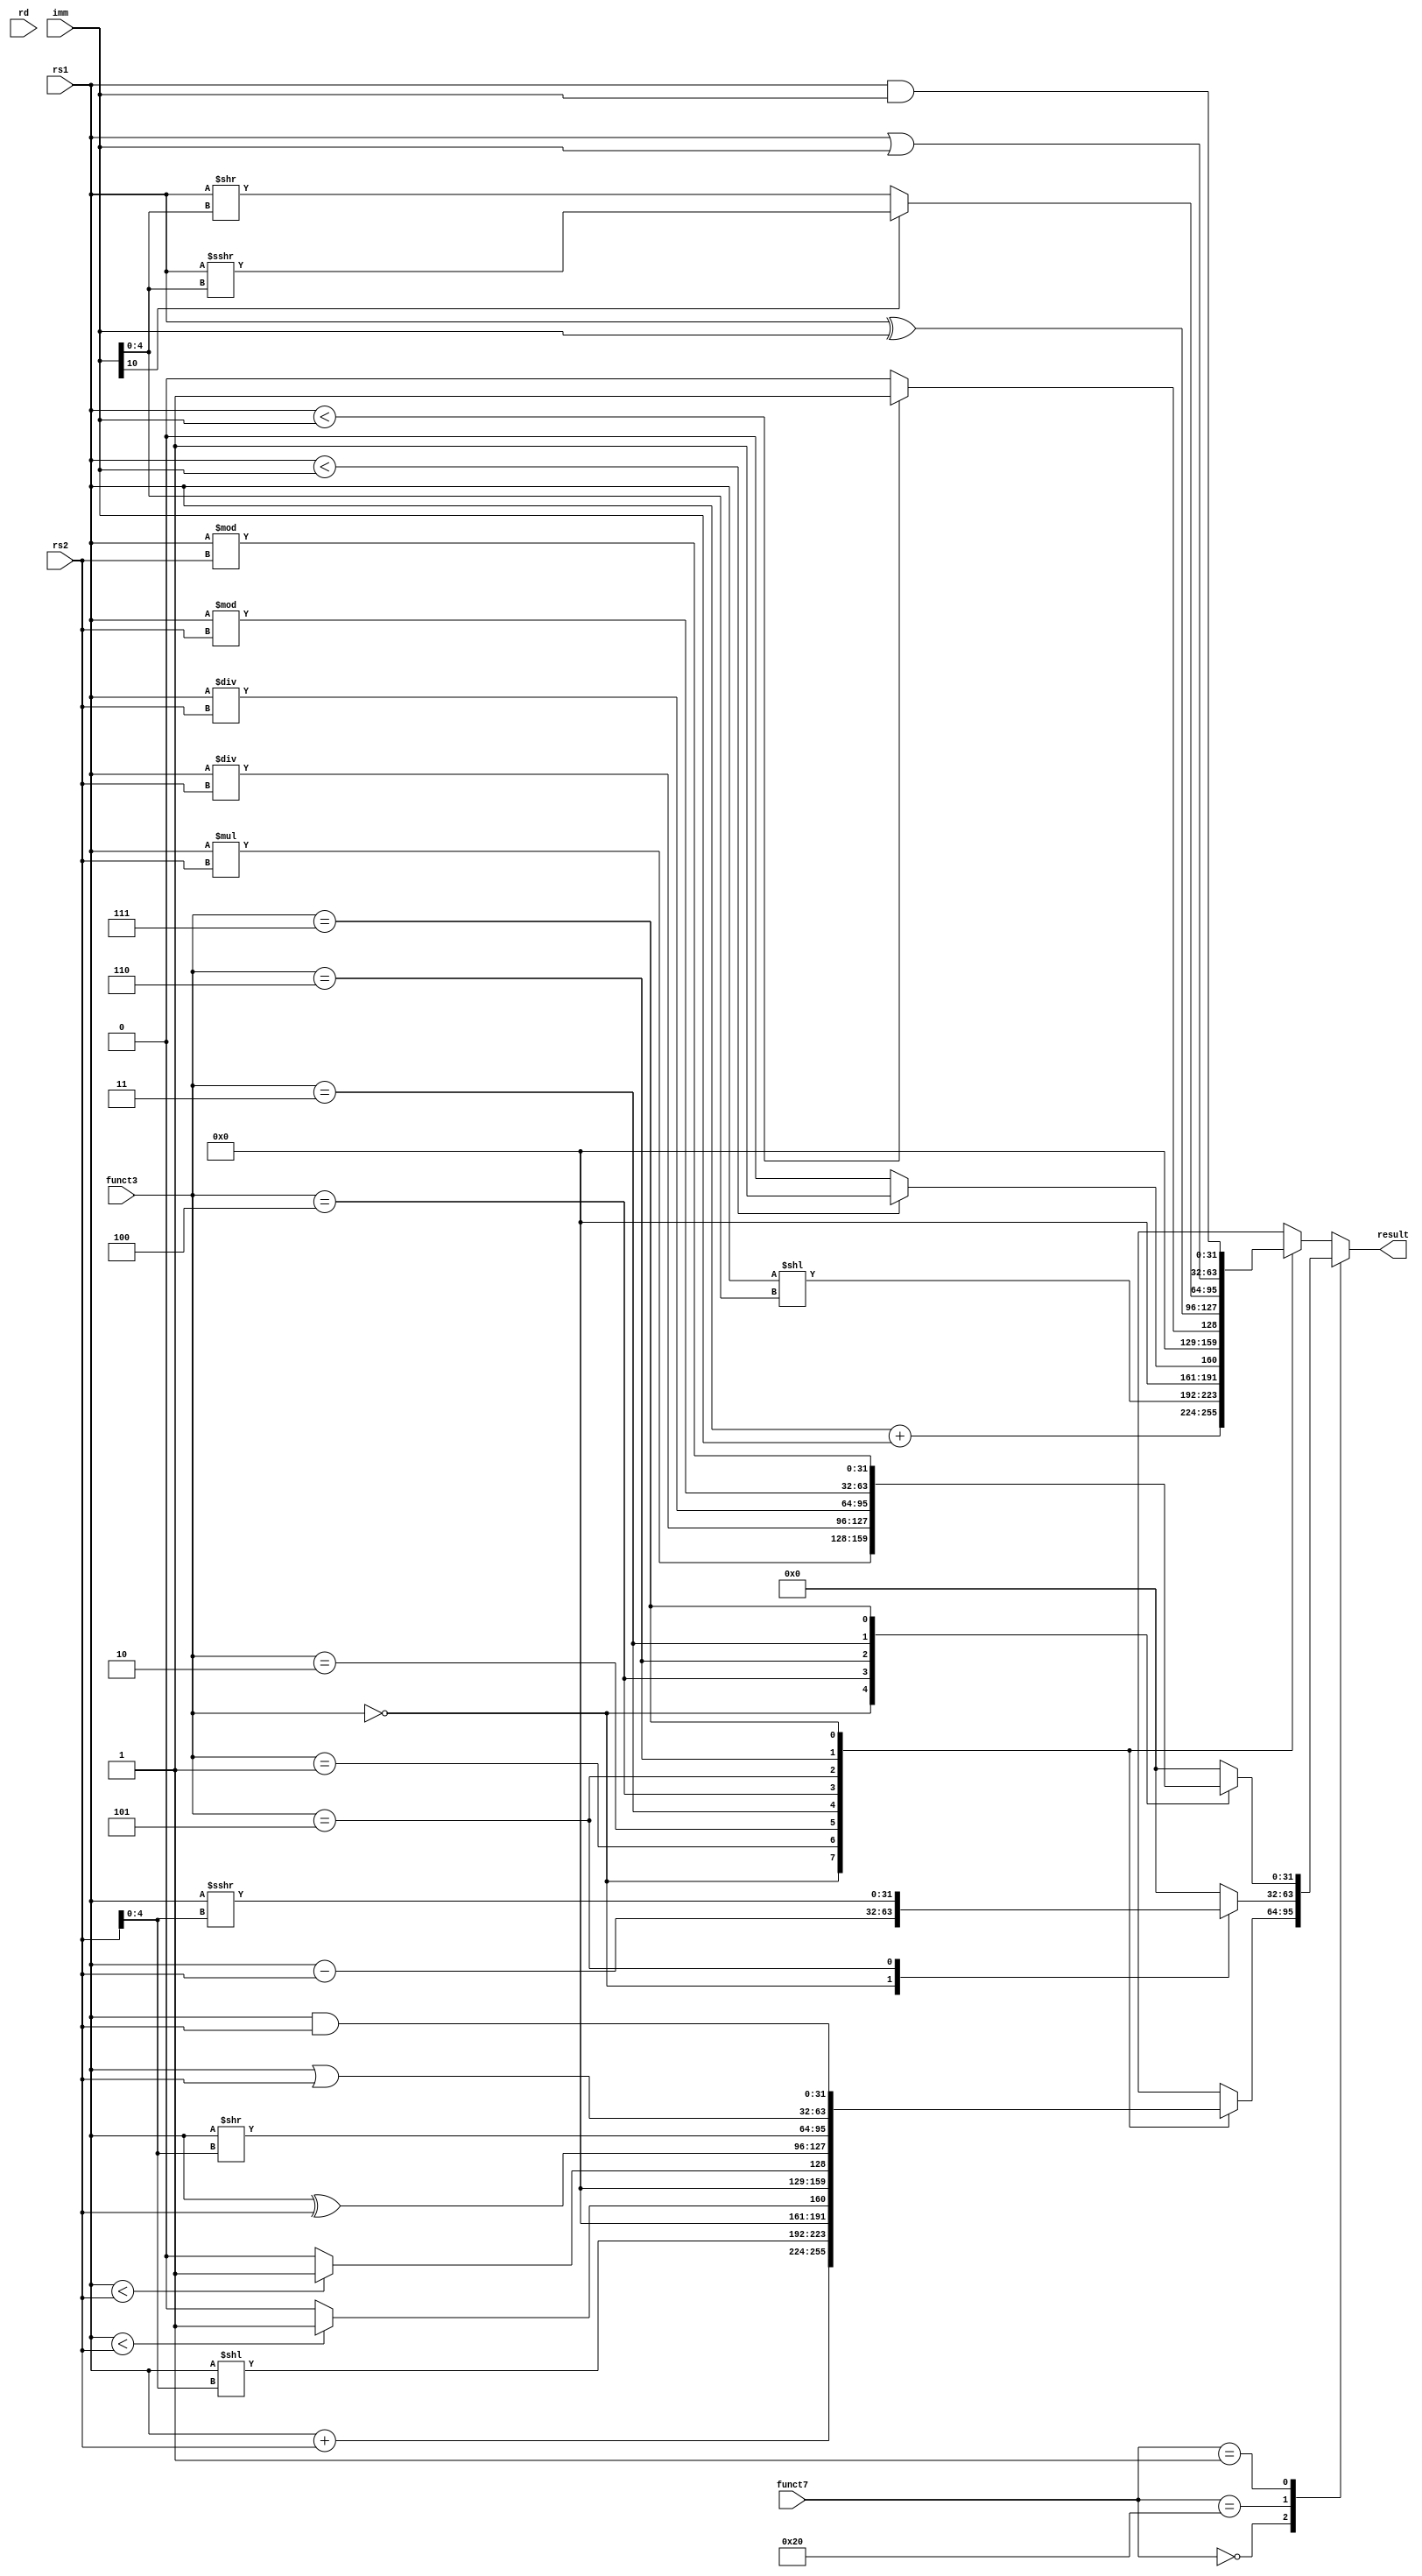
module Alu (
    input wire [4:0] rd,            // Destination register
    input wire [2:0] funct3,        // funct3 field
    input wire [31:0] rs1,           // Source register 1
    input wire [31:0] rs2,           // Source register 2
    input wire [6:0] funct7,        // funct7 field
    input wire [31:0] imm,           // Immediate value
    output reg [31:0] result         // Result of the ALU operation
);
    always @(*) begin
        result = 32'd0; // Default result
        case (funct7)
            7'b0000000: begin // R-type instructions (funct7 == 0)
                case (funct3)
                    3'b000: result = rs1 + rs2;     // ADD
                    3'b001: result = rs1 << rs2[4:0]; // SLL (Shift Left Logical)
                    3'b010: result = ($signed(rs1) < $signed(rs2)) ? 32'b1 : 32'b0; // SLT (Set Less Than)
                    3'b011: result = (rs1 < rs2) ? 32'b1 : 32'b0; // SLTU (Set Less Than Unsigned)
                    3'b100: result = rs1 ^ rs2;     // XOR
                    3'b101: result = rs1 >> rs2[4:0]; // SRL (Shift Right Logical)
                    3'b110: result = rs1 | rs2;     // OR
                    3'b111: result = rs1 & rs2;     // AND
                endcase
            end
            7'b0100000: begin // R-type instructions (funct7 == 0x20)
                case (funct3)
                    3'b000: result = rs1 - rs2;     // SUB
                    3'b101: result = $signed(rs1) >>> rs2[4:0]; // SRA (Shift Right Arithmetic)
                endcase
            end
            7'b0000001: begin // R-type instructions for MUL/DIV
                case (funct3)
                    3'b000: result = rs1 * rs2;     // MUL
                    3'b100: result = $signed(rs1) / $signed(rs2); // DIV
                    3'b110: result = rs1 / rs2;     // DIVU (Unsigned)
                    3'b011: result = $signed(rs1) % $signed(rs2); // REM (Remainder)
                    3'b111: result = rs1 % rs2;     // REMU (Unsigned Remainder)
                endcase
            end
            default: begin
                case (funct3)
                    3'b000: result = rs1 + imm;     // ADDI
                    3'b001: result = rs1 << imm[4:0]; // SLLI (Shift Left Logical Immediate)
                    3'b010: result = ($signed(rs1) < $signed(imm)) ? 32'b1 : 32'b0; // SLTI (Set Less Than Immediate)
                    3'b011: result = (rs1 < imm) ? 32'b1 : 32'b0; // SLTIU (Set Less Than Immediate Unsigned)
                    3'b100: result = rs1 ^ imm;     // XORI
                    3'b101: result = imm[10] ? $signed(rs1) >>> imm[4:0] : rs1 >> imm[4:0]; // SRLI and SRAI
                    3'b110: result = rs1 | imm;     // ORI
                    3'b111: result = rs1 & imm;     // ANDI
                endcase
            end
        endcase
    end
endmodule